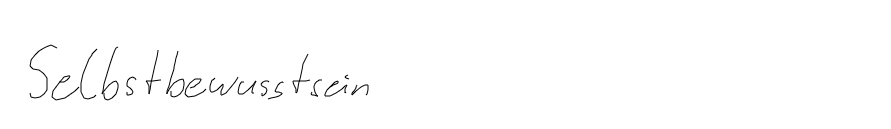
Selbstbewusstsein